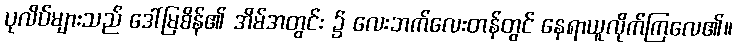
ပုလိပ်များသည် ဒေါ်မြစိန်၏ အိမ်အတွင်း ၌ လေးဘက်လေးတန်တွင် နေရာယူလိုက်ကြလေ၏။